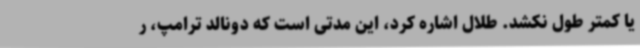
یا کمتر طول نکشد. طلال اشاره کرد، این مدتی است که دونالد ترامپ، ر